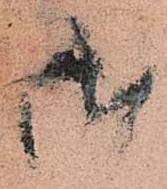
御